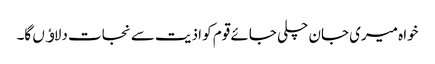
خواہ میری جان چلی جائے قوم کو اذیت سے نجات دلاﺅں گا۔